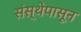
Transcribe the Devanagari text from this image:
संस्थेपासून